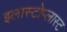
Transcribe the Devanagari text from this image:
इलास्टोप्लास्ट